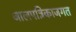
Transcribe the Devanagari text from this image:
जालपत्रिकाजगत